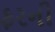
ફરની